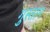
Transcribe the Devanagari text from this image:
गुस्तान